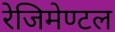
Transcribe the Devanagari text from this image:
रेजिमेण्टल